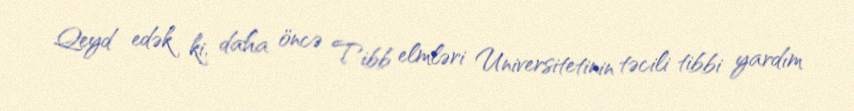
Qeyd edək ki, daha öncə Tibb elmləri Universitetinin təcili tibbi yardım